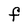
Character: F